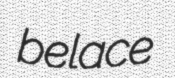
belace